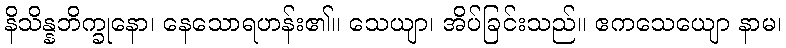
နိသိန္နဘိက္ခုနော၊ နေသောရဟန်း၏။ သေယျာ၊ အိပ်ခြင်းသည်။ ဧကသေယျော နာမ၊